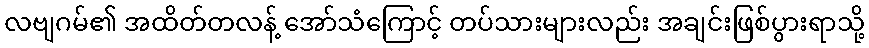
လဗျဂမ်၏ အထိတ်တလန့် အော်သံကြောင့် တပ်သားများလည်း အချင်းဖြစ်ပွားရာသို့